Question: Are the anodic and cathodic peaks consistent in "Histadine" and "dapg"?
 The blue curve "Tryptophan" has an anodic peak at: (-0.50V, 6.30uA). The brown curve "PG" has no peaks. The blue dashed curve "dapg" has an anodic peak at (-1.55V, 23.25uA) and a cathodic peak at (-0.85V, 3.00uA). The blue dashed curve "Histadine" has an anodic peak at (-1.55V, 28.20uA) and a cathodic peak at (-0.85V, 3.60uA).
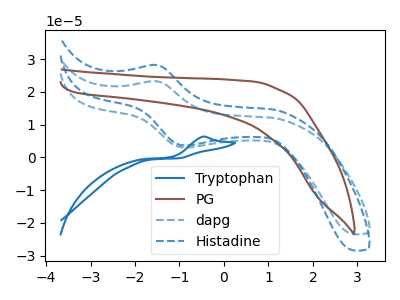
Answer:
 <answer>Yes, "Histadine" have a peak in "dapg" at the same potential.</answer>
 <eval>match</eval>